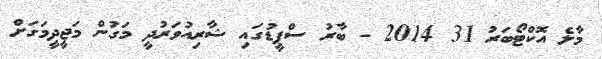
މާލެ އޮކްޓޯބަރު 31 2014 - ބާރު ސްޕީޑުގައި ޝާރިއުވަރުދީ މަގުން މަޖީދީމަގަށް